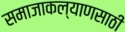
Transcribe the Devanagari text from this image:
समाजाकल्याणसाठी